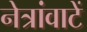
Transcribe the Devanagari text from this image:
नेत्रांवाटें